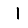
Digit: 1